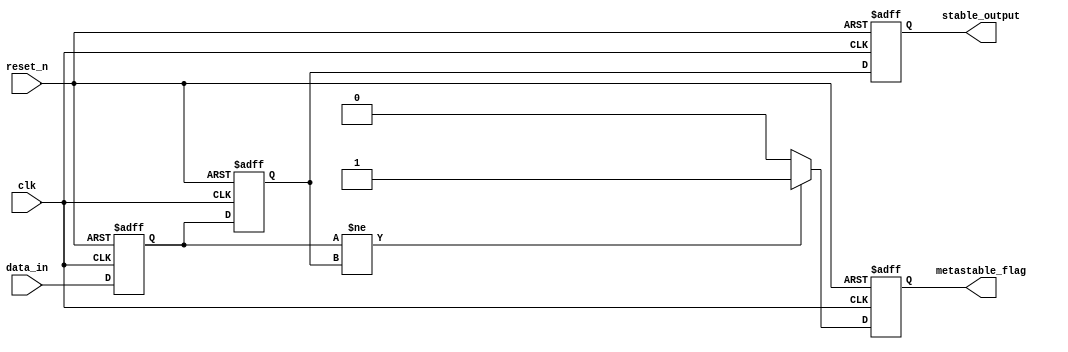
module metastability_detector (
    input wire clk,            // Clock signal
    input wire reset_n,       // Asynchronous active low reset
    input wire data_in,       // Asynchronous input signal
    output reg metastable_flag, // Flag indicating metastability
    output reg stable_output   // Synchronized output of data_in
);

    // Internal signals for flip-flops
    reg ff1, ff2;

    // Asynchronous reset and flip-flop behavior
    always @(posedge clk or negedge reset_n) begin
        if (!reset_n) begin
            ff1 <= 1'b0;      // Initialize FF1 to 0 on reset
            ff2 <= 1'b0;      // Initialize FF2 to 0 on reset
            metastable_flag <= 1'b0; // Clear metastable flag
            stable_output <= 1'b0;    // Clear stable output
        end else begin
            // Sample the input into the first flip-flop
            ff1 <= data_in;
            // Sample the output of FF1 into the second flip-flop
            ff2 <= ff1;
            
            // Check for metastability condition
            if (ff1 != ff2) begin
                metastable_flag <= 1'b1; // Set flag if outputs differ
            end else begin
                metastable_flag <= 1'b0; // Clear flag if outputs are stable
            end
            
            // Provide the stable output from FF2
            stable_output <= ff2;
        end
    end

endmodule